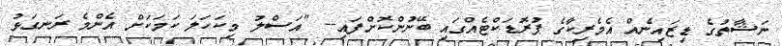
ނަޝާތުގެ ޑިޒައިނެއް އެމެރިކާގެ ޕުރޮޑަކްޓެއްގައި ބޭނުންކޮށްފައި-- "އަސްލު މިކަހަލަ ކަމަކަށް އެންމެ ރަނގަޅު